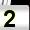
Digit: 2